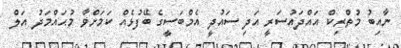
ނާއިބު މުތްރިކް އައްދައުސަރީ އަދި ސައުދީ އެމްބަސީގެ ބޭފުޅެއް ކަމަށްވާ މުޙައްމަދު އަލް